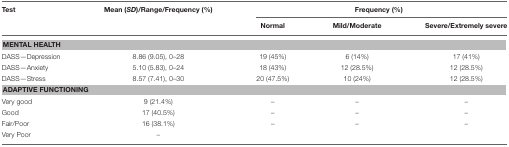
<table><thead><tr><td><b>Test</b></td><td><b>Mean (<i>SD</i>)/Range/Frequency (%)</b></td><td colspan="3"><b>Frequency (%)</b></td></tr><tr><td>[EMPTY_CELL]</td><td>[EMPTY_CELL]</td><td><b>Normal</b></td><td><b>Mild/Moderate</b></td><td><b>Severe/Extremely severe</b></td></tr></thead><tbody><tr><td colspan="5"><b>MENTAL HEALTH</b></td></tr><tr><td>DASS—Depression</td><td>8.86 (9.05), 0–28</td><td>19 (45%)</td><td>6 (14%)</td><td>17 (41%)</td></tr><tr><td>DASS—Anxiety</td><td>5.10 (5.83), 0–24</td><td>18 (43%)</td><td>12 (28.5%)</td><td>12 (28.5%)</td></tr><tr><td>DASS—Stress</td><td>8.57 (7.41), 0–30</td><td>20 (47.5%)</td><td>10 (24%)</td><td>12 (28.5%)</td></tr><tr><td colspan="5"><b>ADAPTIVE FUNCTIONING</b></td></tr><tr><td>Very good</td><td>9 (21.4%)</td><td>–</td><td>–</td><td>–</td></tr><tr><td>Good</td><td>17 (40.5%)</td><td>–</td><td>–</td><td>–</td></tr><tr><td>Fair/Poor</td><td>16 (38.1%)</td><td>–</td><td>–</td><td>–</td></tr><tr><td>Very Poor</td><td>–</td><td>[EMPTY_CELL]</td><td>[EMPTY_CELL]</td><td>[EMPTY_CELL]</td></tr></tbody></table>